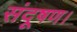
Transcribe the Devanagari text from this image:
संदूषण।